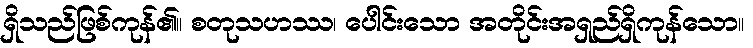
ရှိသည်ဖြစ်ကုန်၏။ စတုသဟဿ၊ ပေါင်းသော အတိုင်းအရှည်ရှိကုန်သော။